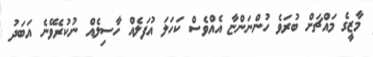
މާޒީގެ މައްޗަށް ބުރަވެ ހުންނަންޏާ އެއްވެސް ކަހަލަ އުފަލެއް ހާސިލެއް ނުކުރެވޭނެ އަބަދު